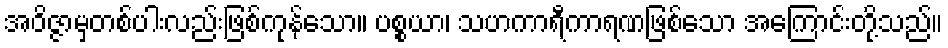
အဝိဇ္ဇာမှတစ်ပါးလည်းဖြစ်ကုန်သော။ ပစ္စယာ၊ သဟကာရီကာရဏဖြစ်သော အကြောင်းတို့သည်။